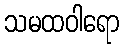
သမထဝါရော